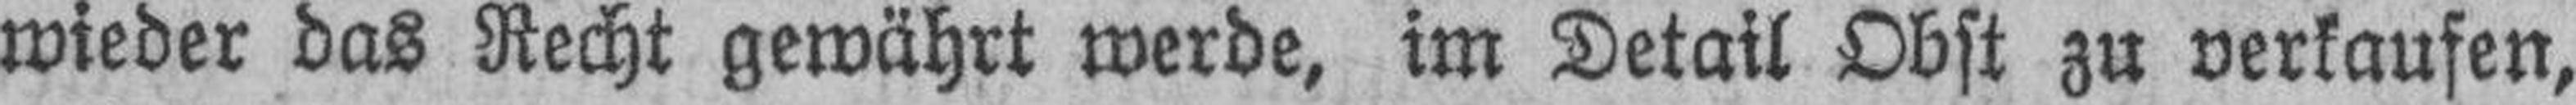
wieder das Recht gewährt werde, im Detail Obst zu verkaufen,